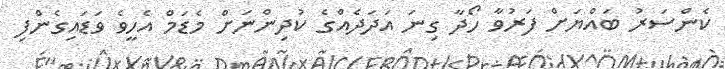
ކެންސަރު ބައްޔަށް ފަރުވާ ހޯދާ ގިނަ އަދަދެއްގެ ކުދިންނަށް މެޑަމް އެހީވެ ވަޑައިގެންފި